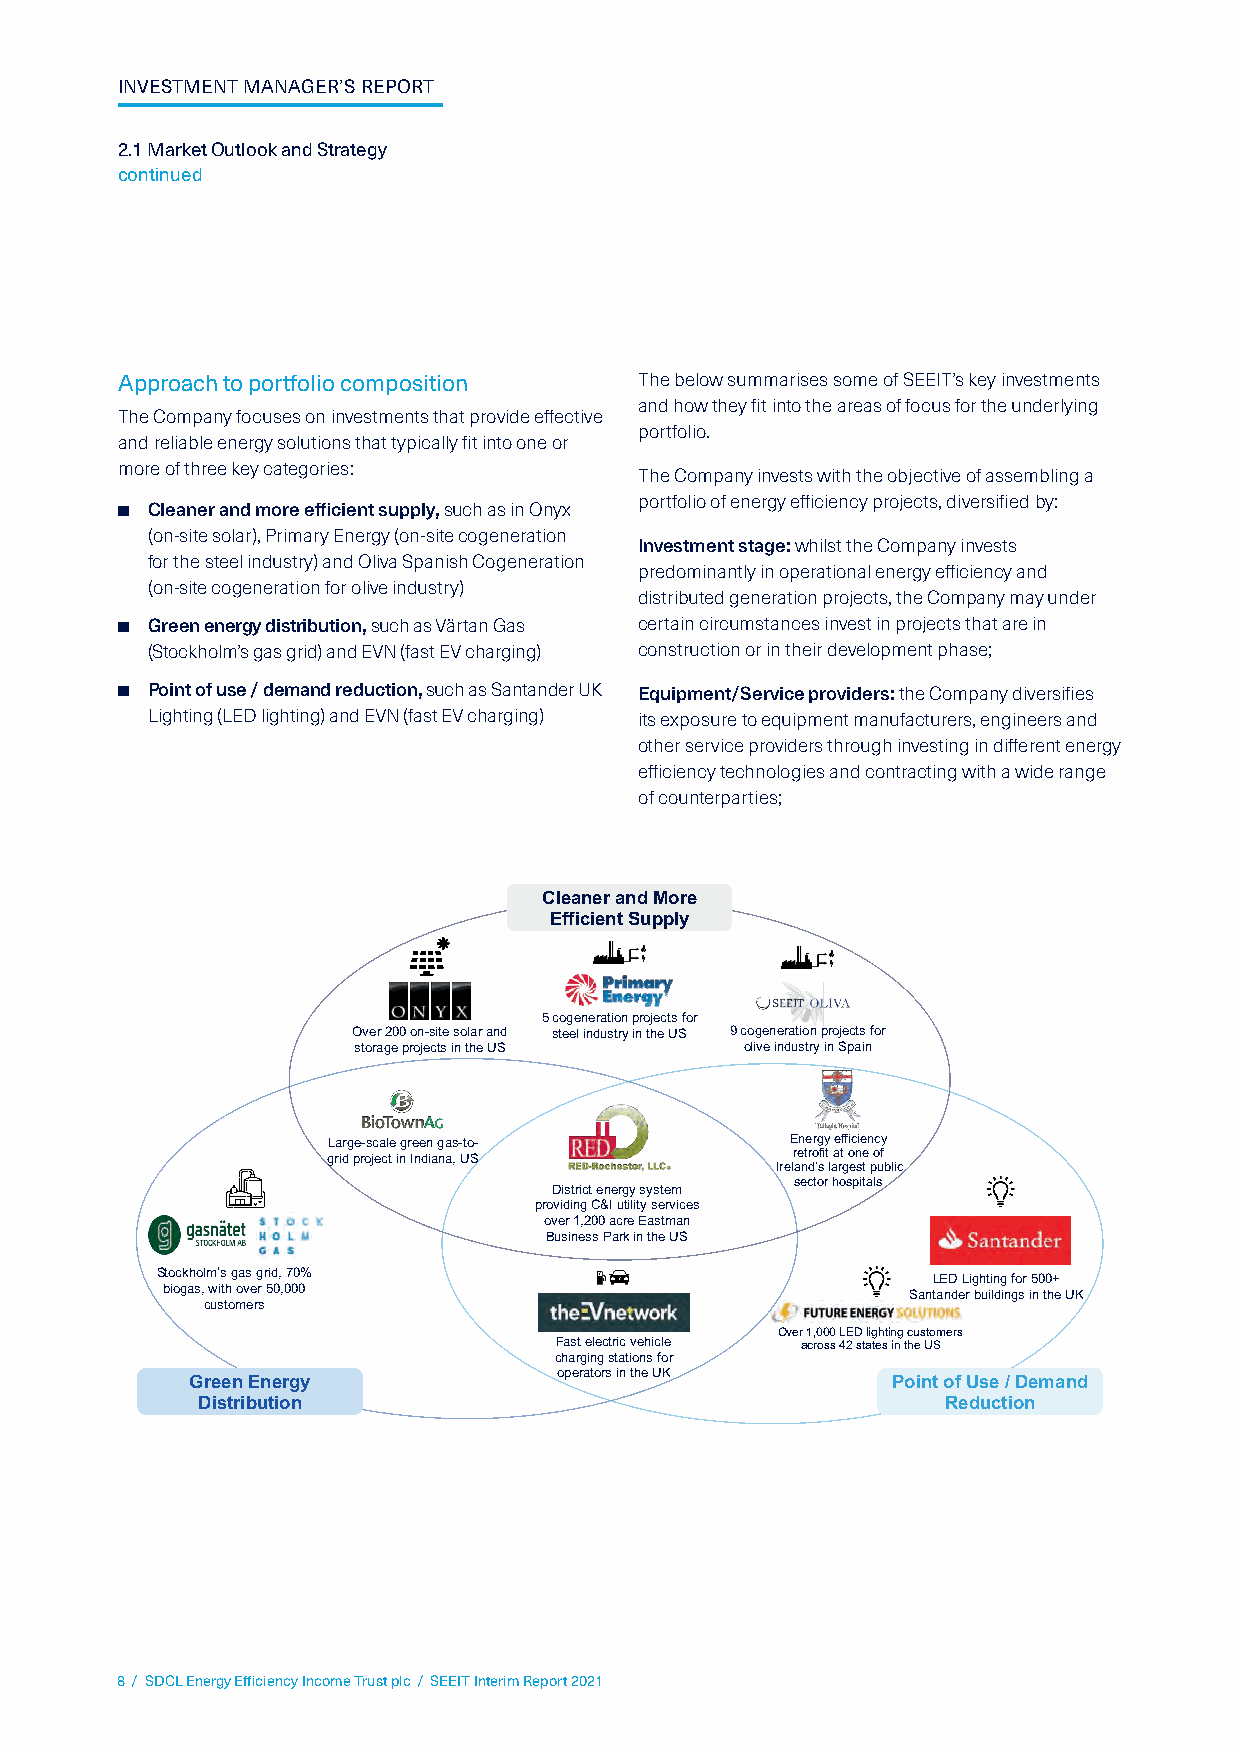
INVESTMENT MANAGER’S REPORT
 2.1 Market Outlook and Strategy
 continued
 Approach to portfolio composition The below summarises some of SEEIT’s key investments
 and how they fit into the areas of focus for the underlying
 The Company focuses on investments that provide effective
 portfolio.
 and reliable energy solutions that typically fit into one or
 more of three key categories:
 The Company invests with the objective of assembling a
 portfolio of energy efficiency projects, diversified by:
 ■ Cleaner and more efficient supply, such as in Onyx
 (on-site solar), Primary Energy (on-site cogeneration
 Investment stage: whilst the Company invests
 for the steel industry) and Oliva Spanish Cogeneration
 predominantly in operational energy efficiency and
 (on-site cogeneration for olive industry)
 distributed generation projects, the Company may under
 ■ Green energy distribution, such as Värtan Gas certain circumstances invest in projects that are in
 (Stockholm’s gas grid) and EVN (fast EV charging) construction or in their development phase;
 ■ Point of use / demand reduction, such as Santander UK Equipment/Service providers: the Company diversifies
 Lighting (LED lighting) and EVN (fast EV charging) its exposure to equipment manufacturers, engineers and
 other service providers through investing in different energy
 efficiency technologies and contracting with a wide range
 of counterparties;
 Cleaner and More
 Efficient Supply
 5 cogeneration projects for
 Over 200 on-site solar and steel industry in the US 9 cogeneration projects for
 storage projects in the US olive industry in Spain
 Large-scale green gas-to-     Energy efficiency
 grid project in Indiana, US   retrofit at one o f
 Ireland’s largest publi c
 District energy system
 sector hospitals
 providing C&I utility services
 over 1,200 acre Eastman
 Business Park in the US
 Stockholm’s gas grid, 70%                           LED Lighting for 500+
 biogas, with over 50,000                         Santander buildings in the UK
 customers
 Over 1,000 LED lighting customers
 Fast electric vehicle across 42 states in the US
 charging stations for
 operators in the UK
 Green Energy                                   Point of Use / Demand
 Distribution                                     Reduction
 8 / SDCL Energy Efficiency Income Trust plc / SEEIT Interim Report 2021